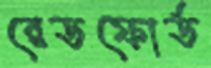
রেডফোর্ড